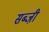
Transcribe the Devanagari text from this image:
सब्जी़